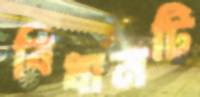
বিধানটি